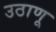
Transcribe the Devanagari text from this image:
उठाणू